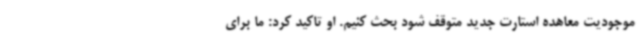
موجودیت معاهده استارت جدید متوقف شود بحث کنیم. او تاکید کرد: ما برای